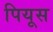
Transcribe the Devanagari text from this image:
पियूस